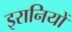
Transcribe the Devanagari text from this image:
इरानियों